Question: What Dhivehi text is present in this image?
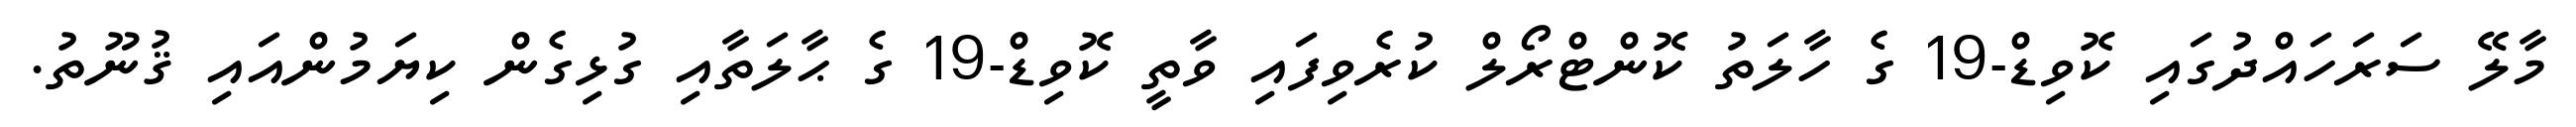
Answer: މާލޭ ސަރަހައްދުގައި ކޮވިޑް-19 ގެ ހާލަތު ކޮންޓްރޯލް ކުރެވިފައި ވާތީ ކޮވިޑް-19 ގެ ޙާލަތާއި ގުޅިގެން ކިޔަމުންއައި ޤުނޫތު.